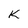
Character: k